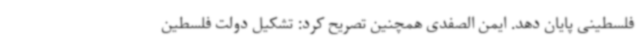
فلسطینی پایان دهد. ایمن الصفدی همچنین تصریح کرد: تشکیل دولت فلسطین